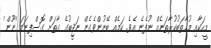
މީހަކާއި މުޚާތަބުކުރާތަނެއް ނުފެނެ އެވެ. ކަމެއް ބޭނުންވެގެން ނަޖީބުގެ ގާތަށް ގޮސްފިނަމަ 'ނޫން'